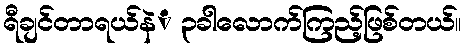
ရီချင်တာရယ်နဲံ ၃ခါလောက်ကြည့်ဖြစ်တယ်။